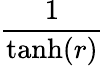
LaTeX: \frac{1}{\operatorname{tanh}(r)}